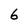
Character: 6